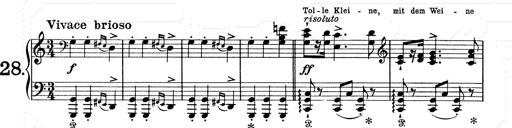
Title: 6 Polish Songs
Composer: Franz Liszt